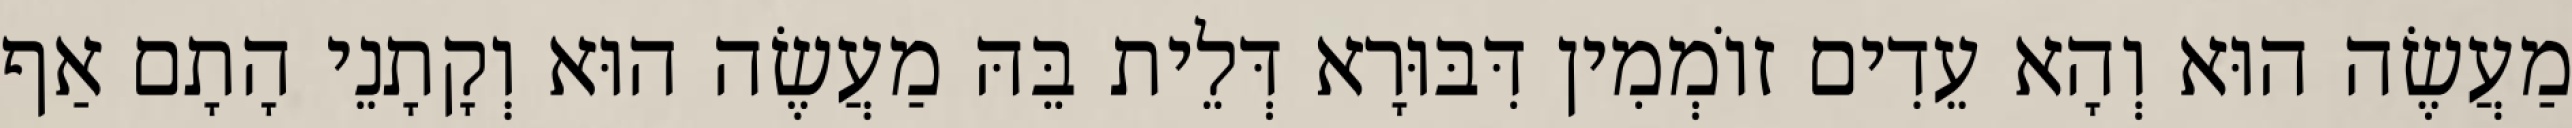
מַעֲשֶׂה הוּא וְהָא עֵדִים זוֹמְמִין דִּבּוּרָא דְּלֵית בֵּהּ מַעֲשֶׂה הוּא וְקָתָנֵי הָתָם אַף